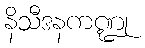
နိသီဒနကဏ္ဍု